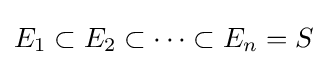
E_{1}\subset E_{2}\subset \cdots \subset E_{n}=S